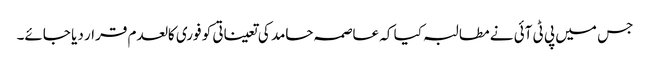
جس میں پی ٹی آئی نے مطالبہ کیا کہ عاصمہ حامد کی تعیناتی کو فوری کالعدم قرار دیا جائے۔